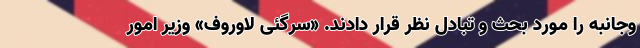
وجانبه را مورد بحث و تبادل نظر قرار دادند. «سرگئی لاوروف» وزیر امور